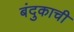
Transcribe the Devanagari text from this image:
बंदुकाची